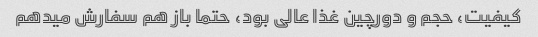
کیفیت، حجم و دورچین غذا عالی بود، حتما باز هم سفارش میدهم